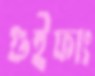
গুইফাং